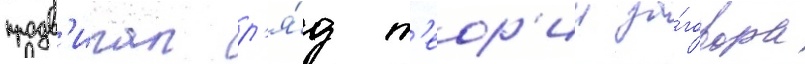
продв'игал р'я́д т'еор'ии за́говора